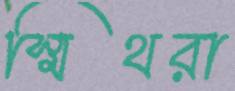
স্মিথরা